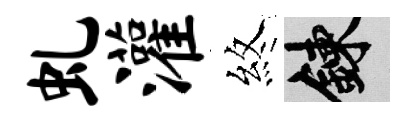
虬灌煞練